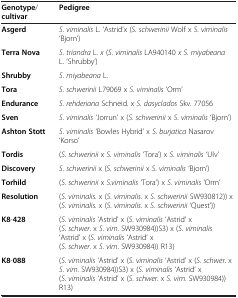
<table><thead><tr><td><b>Genotype/ cultivar</b></td><td><b>Pedigree</b></td></tr></thead><tbody><tr><td><b>Asgerd</b></td><td><i>S</i>. <i>viminalis</i> L. ‘Astrid’x (<i>S</i>. <i>schwerinii</i> Wolf x <i>S</i>. <i>viminalis</i> ‘Bjorn’)</td></tr><tr><td><b>Terra Nova</b></td><td><i>S</i>. <i>triandra</i> L. <i>x</i> (<i>S</i>. <i>viminalis</i> LA940140 <i>x S</i>. <i>miyabeana</i> L. ‘Shrubby’)</td></tr><tr><td><b>Shrubby</b></td><td><i>S</i>. <i>miyabeana</i> L.</td></tr><tr><td><b>Tora</b></td><td><i>S</i>. <i>schwerinii</i> L79069 x <i>S</i>. <i>viminalis</i> ‘Orm’</td></tr><tr><td><b>Endurance</b></td><td><i>S</i>. <i>rehderiana</i> Schneid. x <i>S</i>. <i>dasyclados</i> Skv. 77056</td></tr><tr><td><b>Sven</b></td><td><i>S</i>. <i>viminalis</i> ‘Jorrun’ x (<i>S</i>. <i>schwerinii</i> x <i>S</i>. <i>viminalis</i> ‘Bjorn’)</td></tr><tr><td><b>Ashton Stott</b></td><td><i>S</i>. <i>viminalis</i> ‘Bowles Hybrid’ x <i>S</i>. <i>burjatica</i> Nasarov ‘Korso’</td></tr><tr><td><b>Tordis</b></td><td>(<i>S</i>. <i>schwerinii</i> x <i>S</i>. <i>viminalis</i> ‘Tora’) x <i>S</i>. <i>viminalis</i> ‘Ulv’</td></tr><tr><td><b>Discovery</b></td><td><i>S</i>. <i>schwerinii</i> x (<i>S</i>. <i>schwerinii</i> x <i>S</i>. <i>viminalis</i> ‘Bjorn’)</td></tr><tr><td><b>Torhild</b></td><td>(<i>S</i>. <i>schwerinii</i> x <i>S</i>.<i>viminalis</i> ‘Tora’) x <i>S</i>. <i>viminalis</i> ‘Orm’</td></tr><tr><td><b>Resolution</b></td><td>(<i>S</i>. <i>viminalis</i>. x (<i>S</i>. <i>viminalis</i>. x <i>S</i>. <i>schwerinii</i> SW930812)) x (<i>S</i>. <i>viminalis</i>. x (<i>S</i>. <i>viminalis</i>. x <i>S</i>. <i>schwerinii</i> ‘Quest’))</td></tr><tr><td><b>K8</b>-<b>428</b></td><td>(<i>S</i>. <i>viminalis</i> ‘Astrid’ x (<i>S</i>. <i>viminalis</i> ‘Astrid’ x (<i>S</i>. <i>schwer</i>. x <i>S</i>. <i>vim</i>. SW930984))S3) x (<i>S</i>. <i>viminalis</i> ‘Astrid’ x (<i>S</i>. <i>viminalis</i> ‘Astrid’ x (<i>S</i>. <i>schwer</i>. x <i>S</i>. <i>vim</i>. SW930984)) R13)</td></tr><tr><td><b>K8</b>-<b>088</b></td><td>(<i>S</i>. <i>viminalis</i> ‘Astrid’ x (<i>S</i>. <i>viminalis</i> ‘Astrid’ x (<i>S</i>. <i>schwer</i>. x <i>S</i>. <i>vim</i>. SW930984))S3) x (<i>S</i>. <i>viminalis</i> ‘Astrid’ x (<i>S</i>. <i>viminalis</i> ‘Astrid’ x (<i>S</i>. <i>schwer</i>. x <i>S</i>. <i>vim</i>. SW930984)) R13)</td></tr></tbody></table>